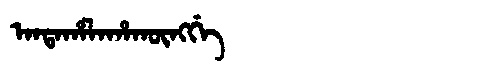
Manchu: ᠠᠨᡨᠠᡥᠠᠯᠠᡥᠠᡴᡡᠩᡤᡝ
Romanization: ANTAHALAHAKŪNGGE